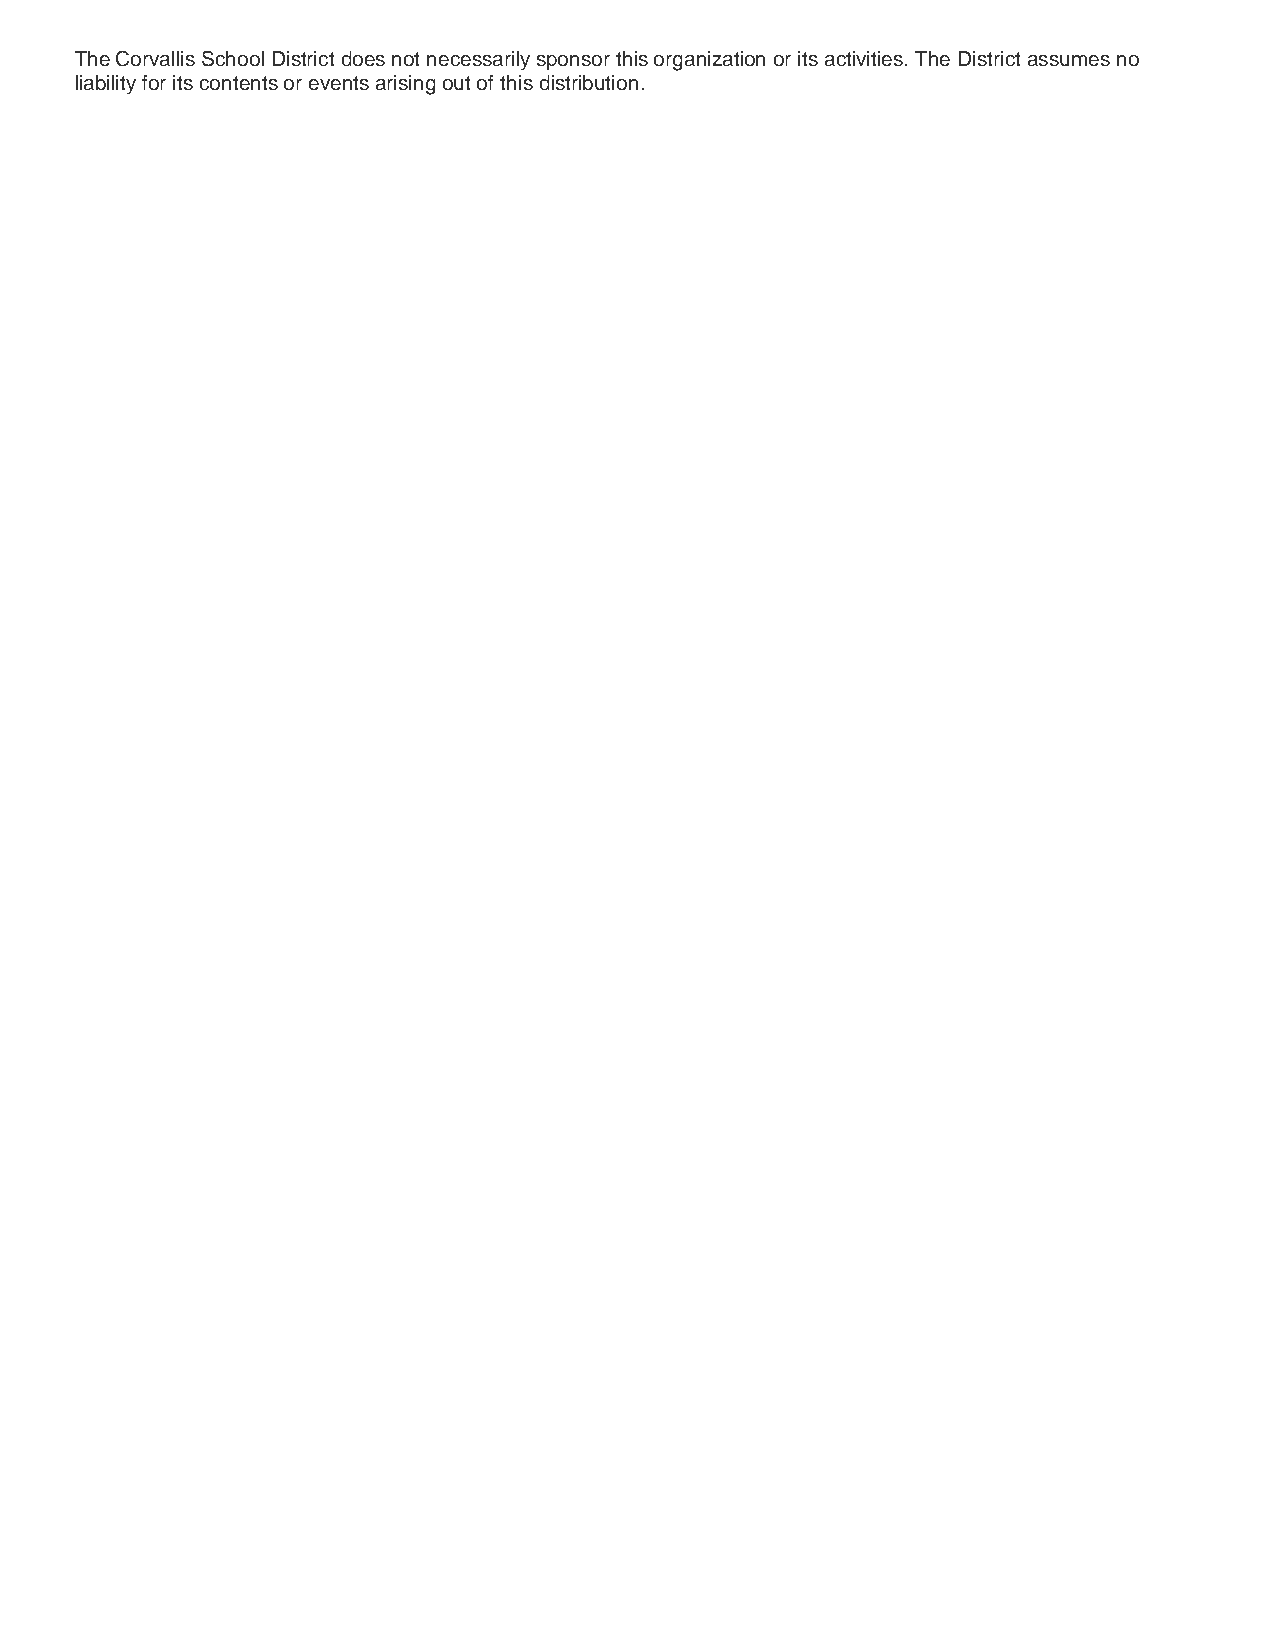
The Corvallis School District does not necessarily sponsor this organization or its activities. The District assumes no
 liability for its contents or events arising out of this distribution.